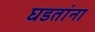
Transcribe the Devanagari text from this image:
घडतांना